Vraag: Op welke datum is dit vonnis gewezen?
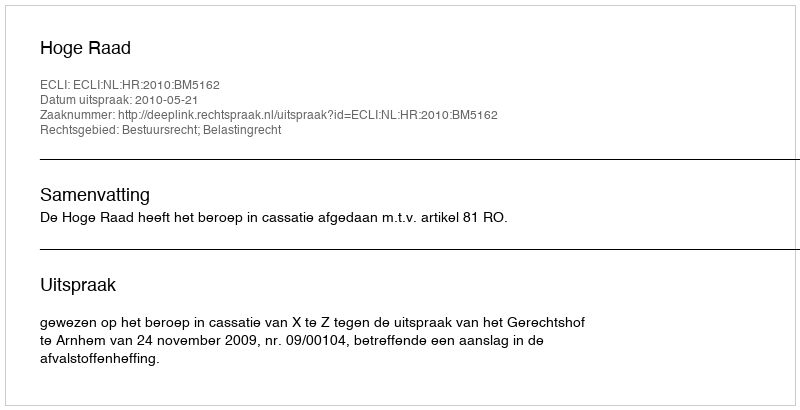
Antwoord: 2010-05-21